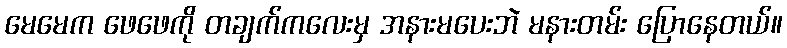
မေမေက ဖေဖေကို တချက်ကလေးမှ အနားမပေးဘဲ မနားတမ်း ပြောနေတယ်။